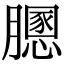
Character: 𦡵